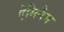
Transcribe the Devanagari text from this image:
ऐमिनैम